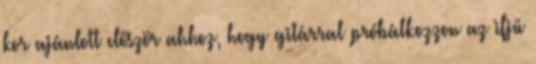
kor ajánlott először ahhoz, hogy gitárral próbálkozzon az ifjú